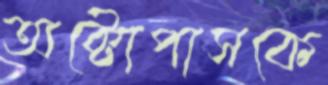
অক্টোপাসকে